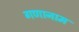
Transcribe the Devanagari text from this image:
गणानाम